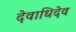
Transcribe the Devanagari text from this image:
देवाधिदेव